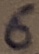
Text: 6